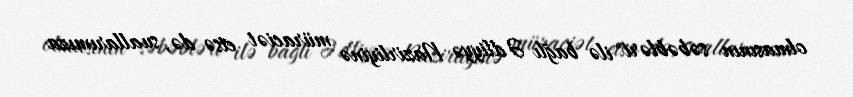
olmasının səbəbləri ilə bağlı Ədliyyə Nazirliyinə müraciət etsə də, suallarımıza